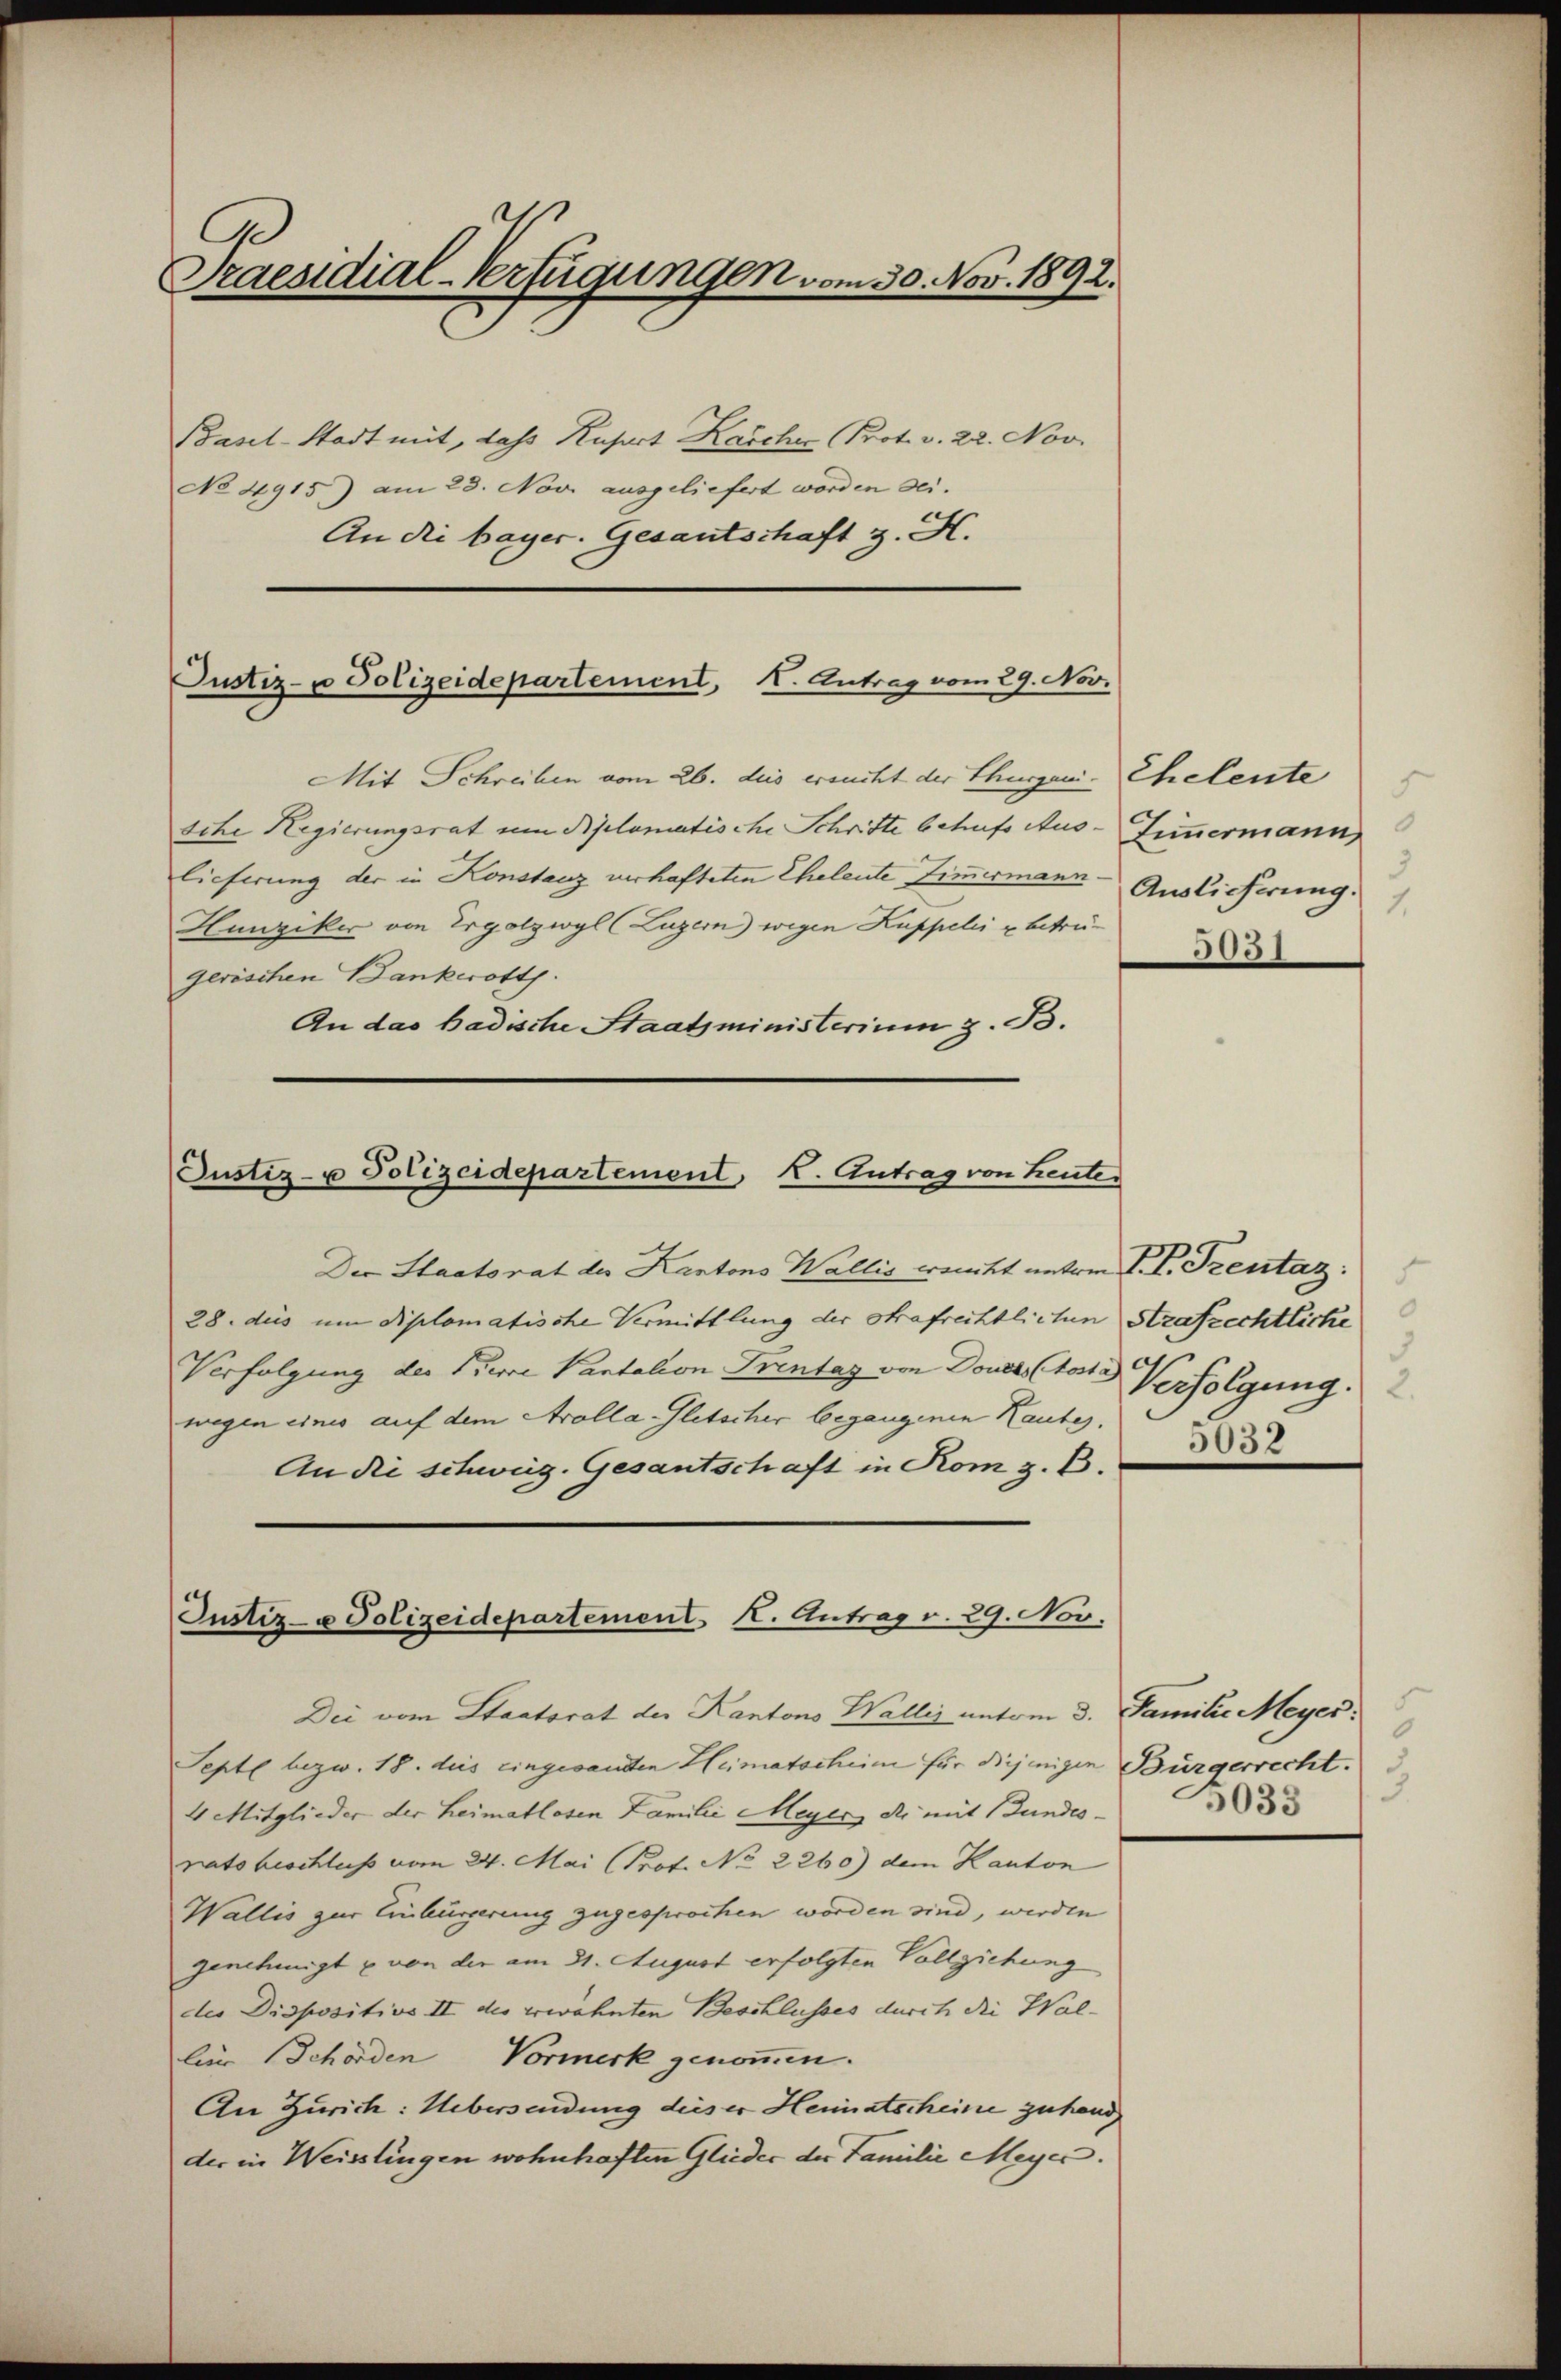
A
Praesidial-Verfügungen vom 30. Nov. 1892.

Basel-Stadt mit, das Kusart Kascher Prot. v. 22. Nov.
No 4915) am 23. Novi ausgeliefert worden sei.
An die bayer. Gesantschaft z. St.

Justiz- u Polizeidepartement, I. Antrag vom 29. Nov.

Mit Schreiben vom 26. des ersucht der Thurgani- Ehelente
sche Hegierungsrat um Diplomatische Schritte betrufs Aus-Zimmermann
lieferung der in Konstanz verhafteten Eheleute Zimmermann.
Hunziker von Ergolzwyl (Luzern) wegen Kuppelii u betregerischen Bankerott
An das Badische Staatsministerium z. B.

Justiz- u Polizeidepartement K. Antrag von heuten

Der Staatsrat der Kantons Wallis winkt unterm P. V. Prentaz:
28. dies um diplomatische Vermittlung der Strafrechtlichen Strafrechtliche
Verfolgung des Niere Pantation Prentag von Dones Ctote Verfolgung.
wegen eines auf dem Arolla-Gletscher begangenen Kaube,
An die schweig. Gesantschaft in Kom z. B.

Justiz- u Polizeidepartement 1. Antrag v. 29. Nov.

3
Auslieferung.
1.
303)

Dei vom Staatsrat der Kantons Wallis unterm 3. Familie Meyer
Septe bezw. 18. dies eingesandten Heimatschein für diejenigen Bürgerrecht.
4 Mitglieder der Heimatlosen Familii Meyer, der mit Bundesrats beschluss vom 24. Mai (Prot. No 2260) dem Kanton
Wallis zur Einbürgerung zugesprochen worden sind, werden
genehmigt u von der am 31. August erfolgten Vollziehung
der Dispositivs II des erwähnten Beschlusses durch die Wal-
lin Schörden Vormerk genoṁen.
An Zürich: Uebersendung dieser Heimatscheine zu hand
der in Weisslingen wohnhaften Glieder der Familie Meyer.

5
5032

5033